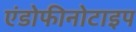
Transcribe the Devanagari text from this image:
एंडोफीनोटाइप